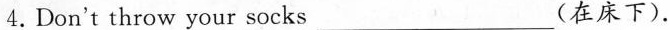
4.Don't throw your socks___（在床下）.